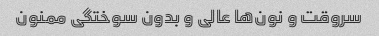
سروقت و نون‌ها عالی و بدون سوختگی ممنون